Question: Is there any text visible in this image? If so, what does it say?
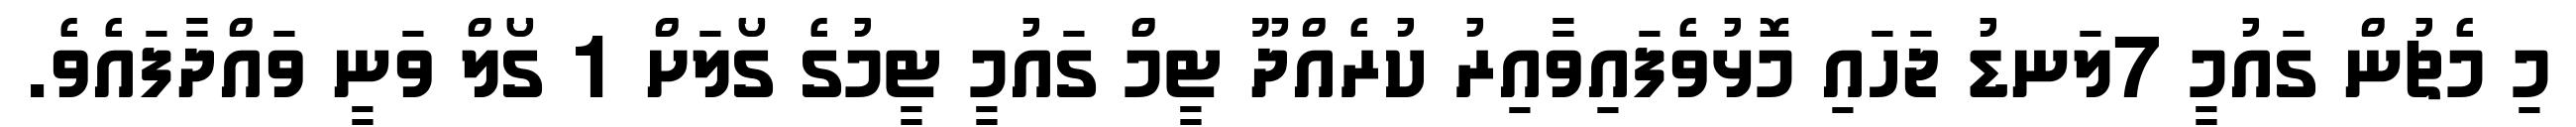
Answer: މި މެޗުން ގައުމީ 7ލަނޑު ޖަހައި މޮޅުވެފައިވާއިރު ކުރެއްދޫ ޓީމް ގައުމީ ޓީމުގެ ގޯލަށް 1 ގޯލް ވަނީ ވައްދާފައެވެ.